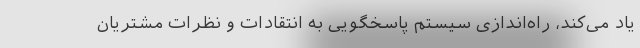
یاد می‌کند، راه‌اندازی سیستم پاسخگویی به انتقادات و نظرات مشتریان